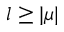
l \geq \vert \mu \vert